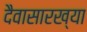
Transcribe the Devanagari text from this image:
दैवासारख्या